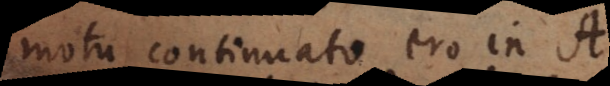
motu continuato ero in A.